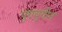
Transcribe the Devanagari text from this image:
पुरायुगीन